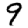
Digit: 9